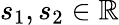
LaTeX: s_{1},s_{2}\in\mathbb{R}